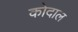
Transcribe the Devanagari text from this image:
कोदाल